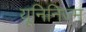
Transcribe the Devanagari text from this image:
यूनिनिज्म